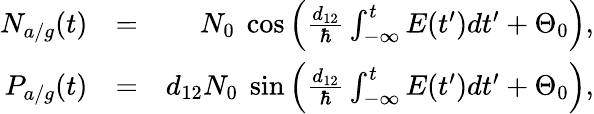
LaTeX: \begin{array}{rlr}{N_{a/g}(t)}&{=}&{N_{0}\ \cos\Big(\frac{d_{12}}{\hbar}\int_{-\infty}^{t}E(t^{\prime})dt^{\prime}+\Theta_{0}\Big),}\\ {P_{a/g}(t)}&{=}&{d_{12}N_{0}\ \sin\Big(\frac{d_{12}}{\hbar}\int_{-\infty}^{t}E(t^{\prime})dt^{\prime}+\Theta_{0}\Big),}\end{array}